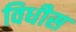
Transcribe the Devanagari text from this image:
विधीस